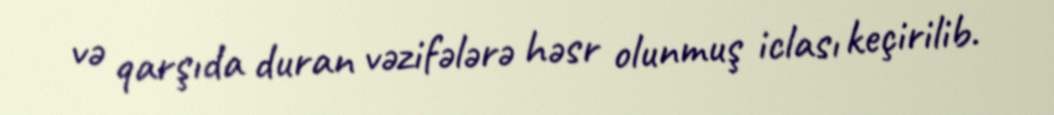
və qarşıda duran vəzifələrə həsr olunmuş iclası keçirilib.